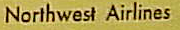
Northwest Airlines